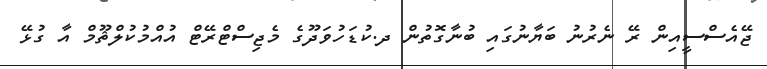
ޖޭއެސްސީއިން ރޭ ނެރުނު ބަޔާނުގައި ބުނާގޮތުން ދ.ކުޑަހުވަދޫގެ މެޖިސްޓްރޭޓް އުއްމުކުލްޘޫމް އާ ގުޅޭ